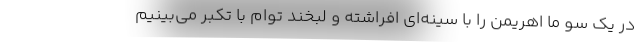
در یک سو ما اهریمن را با سینه‌ای افراشته و لبخند توام با تکبر می‌بینیم